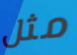
مثل